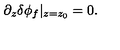
\partial _ { z } \delta \phi _ { f } \vert _ { z = z _ { 0 } } = 0 .